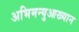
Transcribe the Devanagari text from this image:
अभिमन्युआख्यान